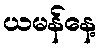
ယမန်နေ့